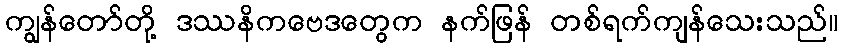
ကျွန်တော်တို့ ဒဿနိကဗေဒတွေက နက်ဖြန် တစ်ရက်ကျန်သေးသည်။